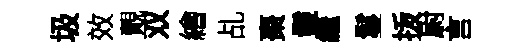
圾效覿双繪乩棗鬛繼鬘㧞尉言